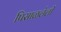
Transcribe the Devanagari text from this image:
पिसाळलेली